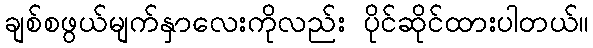
ချစ်စဖွယ်မျက်နှာလေးကိုလည်း ပိုင်ဆိုင်ထားပါတယ်။